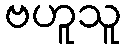
ဗဟူသူ